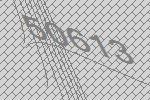
50613